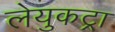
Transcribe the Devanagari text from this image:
लेयुकट्रा